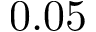
0 . 0 5